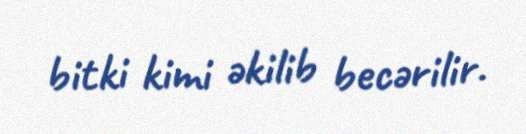
bitki kimi əkilib becərilir.